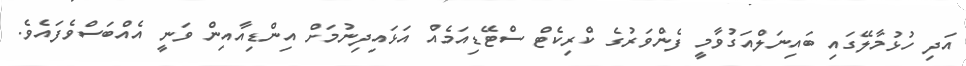
އަދި ހުޅުމާލޭގައި ބައިނަލްއަގުވާމީ ފެންވަރުގެ ކްރިކެޓް ސްޓޭޑިއަމެއް އަޅައިދިނުމަށް އިންޑިއާއިން ވަނީ އެއްބަސްވެފައެވެ.